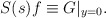
\begin{align*}S(s)f\equiv G|_{y=0}.\end{align*}